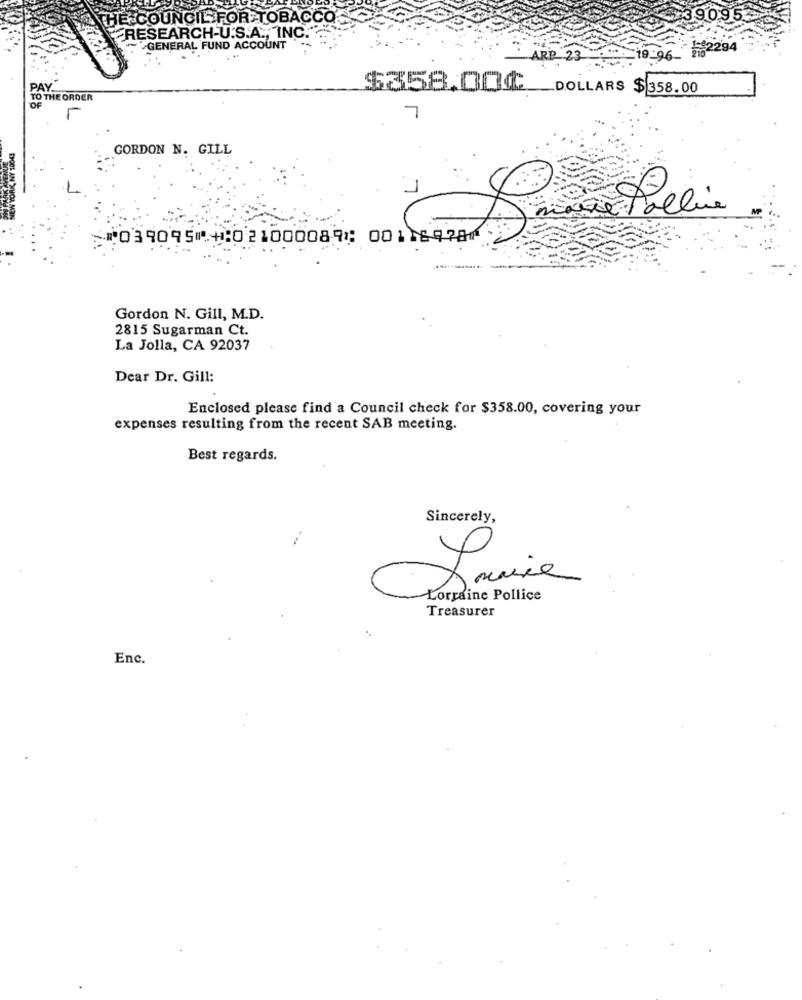
THE COUNCIL FOR TOBACCO
RESEARCH-U.S.A ., INC.
GENERAL FUND ACCOUNT
72102294
ARD 23
PAY
$358.00¢_DOLLARS $ 358.00
TO THE ORDER
OF
GORDON N. GILL
5⑈039095⑈ ⑆021000089⑆ 00116978⑈
Gordon N. Gill, M.D.
2815 Sugarman Ct.
La Jolla, CA 92037
Dear Dr. Gill:
Enclosed please find a Council check for $358.00, covering your
expenses resulting from the recent SAB meeting.
Best regards.
Sincerely,
Sowie
Lorraine Pollice
Treasurer
Enc.